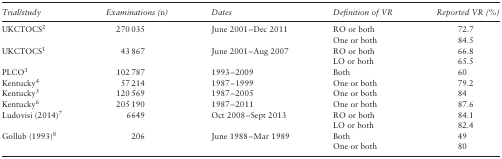
| Trial/study | Examinations (n) | Dates | Definition of VR | Reported VR (%) |
 | --- | --- | --- | --- | --- |
 | <ROWSPAN=2> UKCTOCS2 | <ROWSPAN=2> 270 035 | <ROWSPAN=2> June 2001–Dec 2011 | RO or both | 72.7 |
 | One or both | 84.5 |
 | <ROWSPAN=2> UKCTOCS1 | <ROWSPAN=2> 43 867 | <ROWSPAN=2> June 2001–Aug 2007 | RO or both | 66.8 |
 | LO or both | 65.5 |
 | PLCO3 | 102 787 | 1993–2009 | Both | 60 |
 | Kentucky4 | 57 214 | 1987–1999 | One or both | 79.2 |
 | Kentucky5 | 120 569 | 1987–2005 | One or both | 84 |
 | Kentucky6 | 205 190 | 1987–2011 | One or both | 87.6 |
 | <ROWSPAN=2> Ludovisi (2014)7 | <ROWSPAN=2> 6649 | <ROWSPAN=2> Oct 2008–Sept 2013 | RO or both | 84.1 |
 | LO or both | 82.4 |
 | <ROWSPAN=2> Gollub (1993)8 | <ROWSPAN=2> 206 | <ROWSPAN=2> June 1988–Mar 1989 | Both | 49 |
 | One or both | 80 |